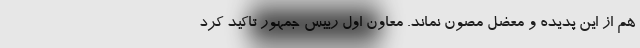
هم از این پدیده و معضل مصون نماند. معاون اول رییس جمهور تاکید کرد